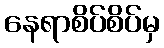
နေရာစိပ်စိပ်မှ